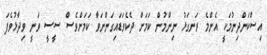
އިސްކަންދިނުމަކީ އެންމެ ރަނގަޅު ނިންމުން ކަމަށް ދެކެވަޑައިގަންނަވާ ކަމަށްވެސް ސީސީ ވަނީ ވިދާޅުވެފަ